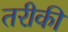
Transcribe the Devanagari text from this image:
तरीकी